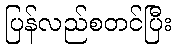
ပြန်လည်စတင်ပြီး